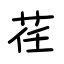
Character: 荏